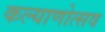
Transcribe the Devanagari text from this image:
कल्‍याणोत्‍सव